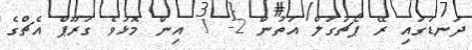
ދަނޑުގައި ރޭ ޕޯޗުގަލް އަތުން 2- 1 އިން މޮޅުވެ ގުރޫޕް އެޗްގެ